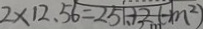
2 \times 1 2 . 5 6 = 2 5 . 1 2 ( m ^ { 2 } )